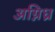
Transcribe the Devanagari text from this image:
अग्निध्र